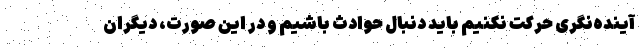
آینده‌نگری حرکت نکنیم باید دنبال حوادث باشیم و در این صورت، دیگران